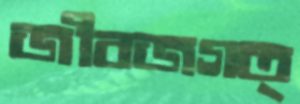
জীবজগত্